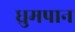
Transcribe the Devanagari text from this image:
ध्रुमपान